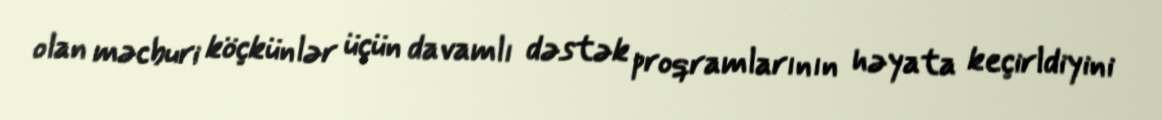
olan məcburi köçkünlər üçün davamlı dəstək proqramlarının həyata keçirldiyini